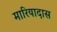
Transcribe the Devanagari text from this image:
मारियादास